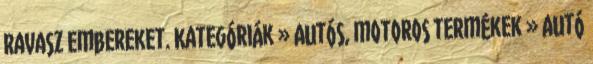
ravasz embereket. Kategóriák » Autós, motoros termékek » Autó